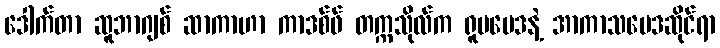
ဒေါက်တာ ဆူဘာဂျစ် ဆာကာဟာ ကာဒစ်ဖ် တက္ကသိုလ်က ရူပဗေဒနဲ့ အာကာသဗေဒဆိုင်ရာ